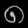
Digit: ၈